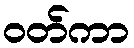
ဝတ်ကာ